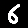
Digit: 6